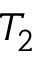
T _ { 2 }